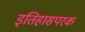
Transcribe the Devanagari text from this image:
इतिहासपरक